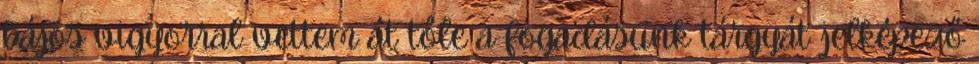
bájos vigyorral vettem át tőle a fogadásunk tárgyát jelképező